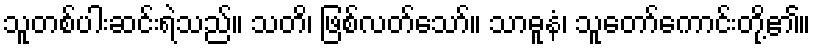
သူတစ်ပါးဆင်းရဲသည်။ သတိ၊ ဖြစ်လတ်သော်။ သာဓူနံ၊ သူတော်ကောင်းတို့၏။